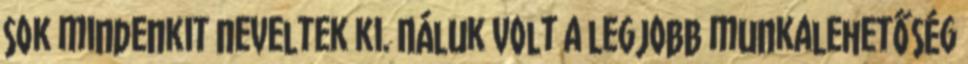
sok mindenkit neveltek ki. Náluk volt a legjobb munkalehetőség